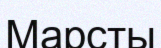
Марсты